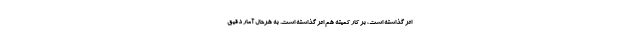
اثر گذاشته است، بر کار کمیته هم اثر گذاشته است. به هرحال آمار دقیق